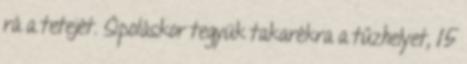
rá a tetejét. Sípoláskor tegyük takarékra a tűzhelyet, 15